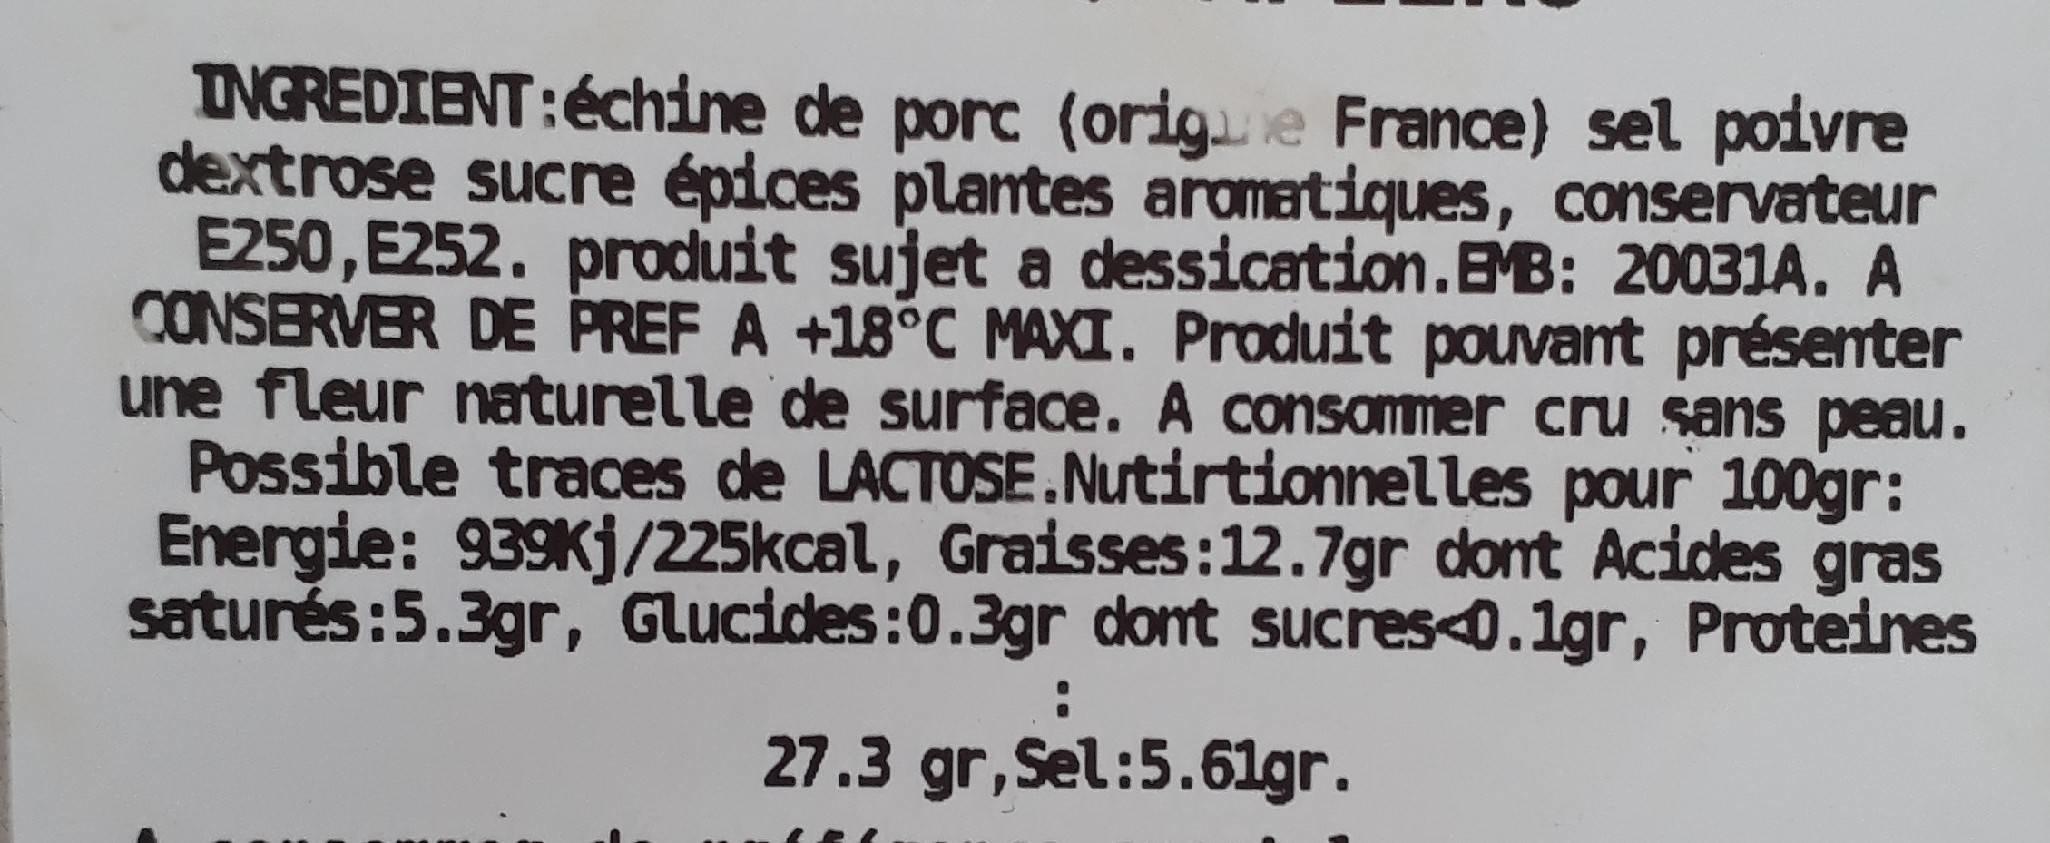
INGREDIENT:échine de porc (orige France) sel podvre dextrose sucre épices plantes aromatiques, conservateur E250, E252. produit sujet a dessication.BMB: 20031A. A CONSERVER DE PREF A +18°C MAXI. Produit pouvant présenter une fleur naturelle de surface. A consommer cru sans peau. Possible traces de LACTOSE.Nutirtionnelles pour 100gr: Energie: 939Kj/225kcal, Graisses:12.7gr dont Acides gras saturés:5.3gr, Glucides:0.3gr dont sucres<0.1gr, Proteines
27.3 gr, Sel:5.61gr.